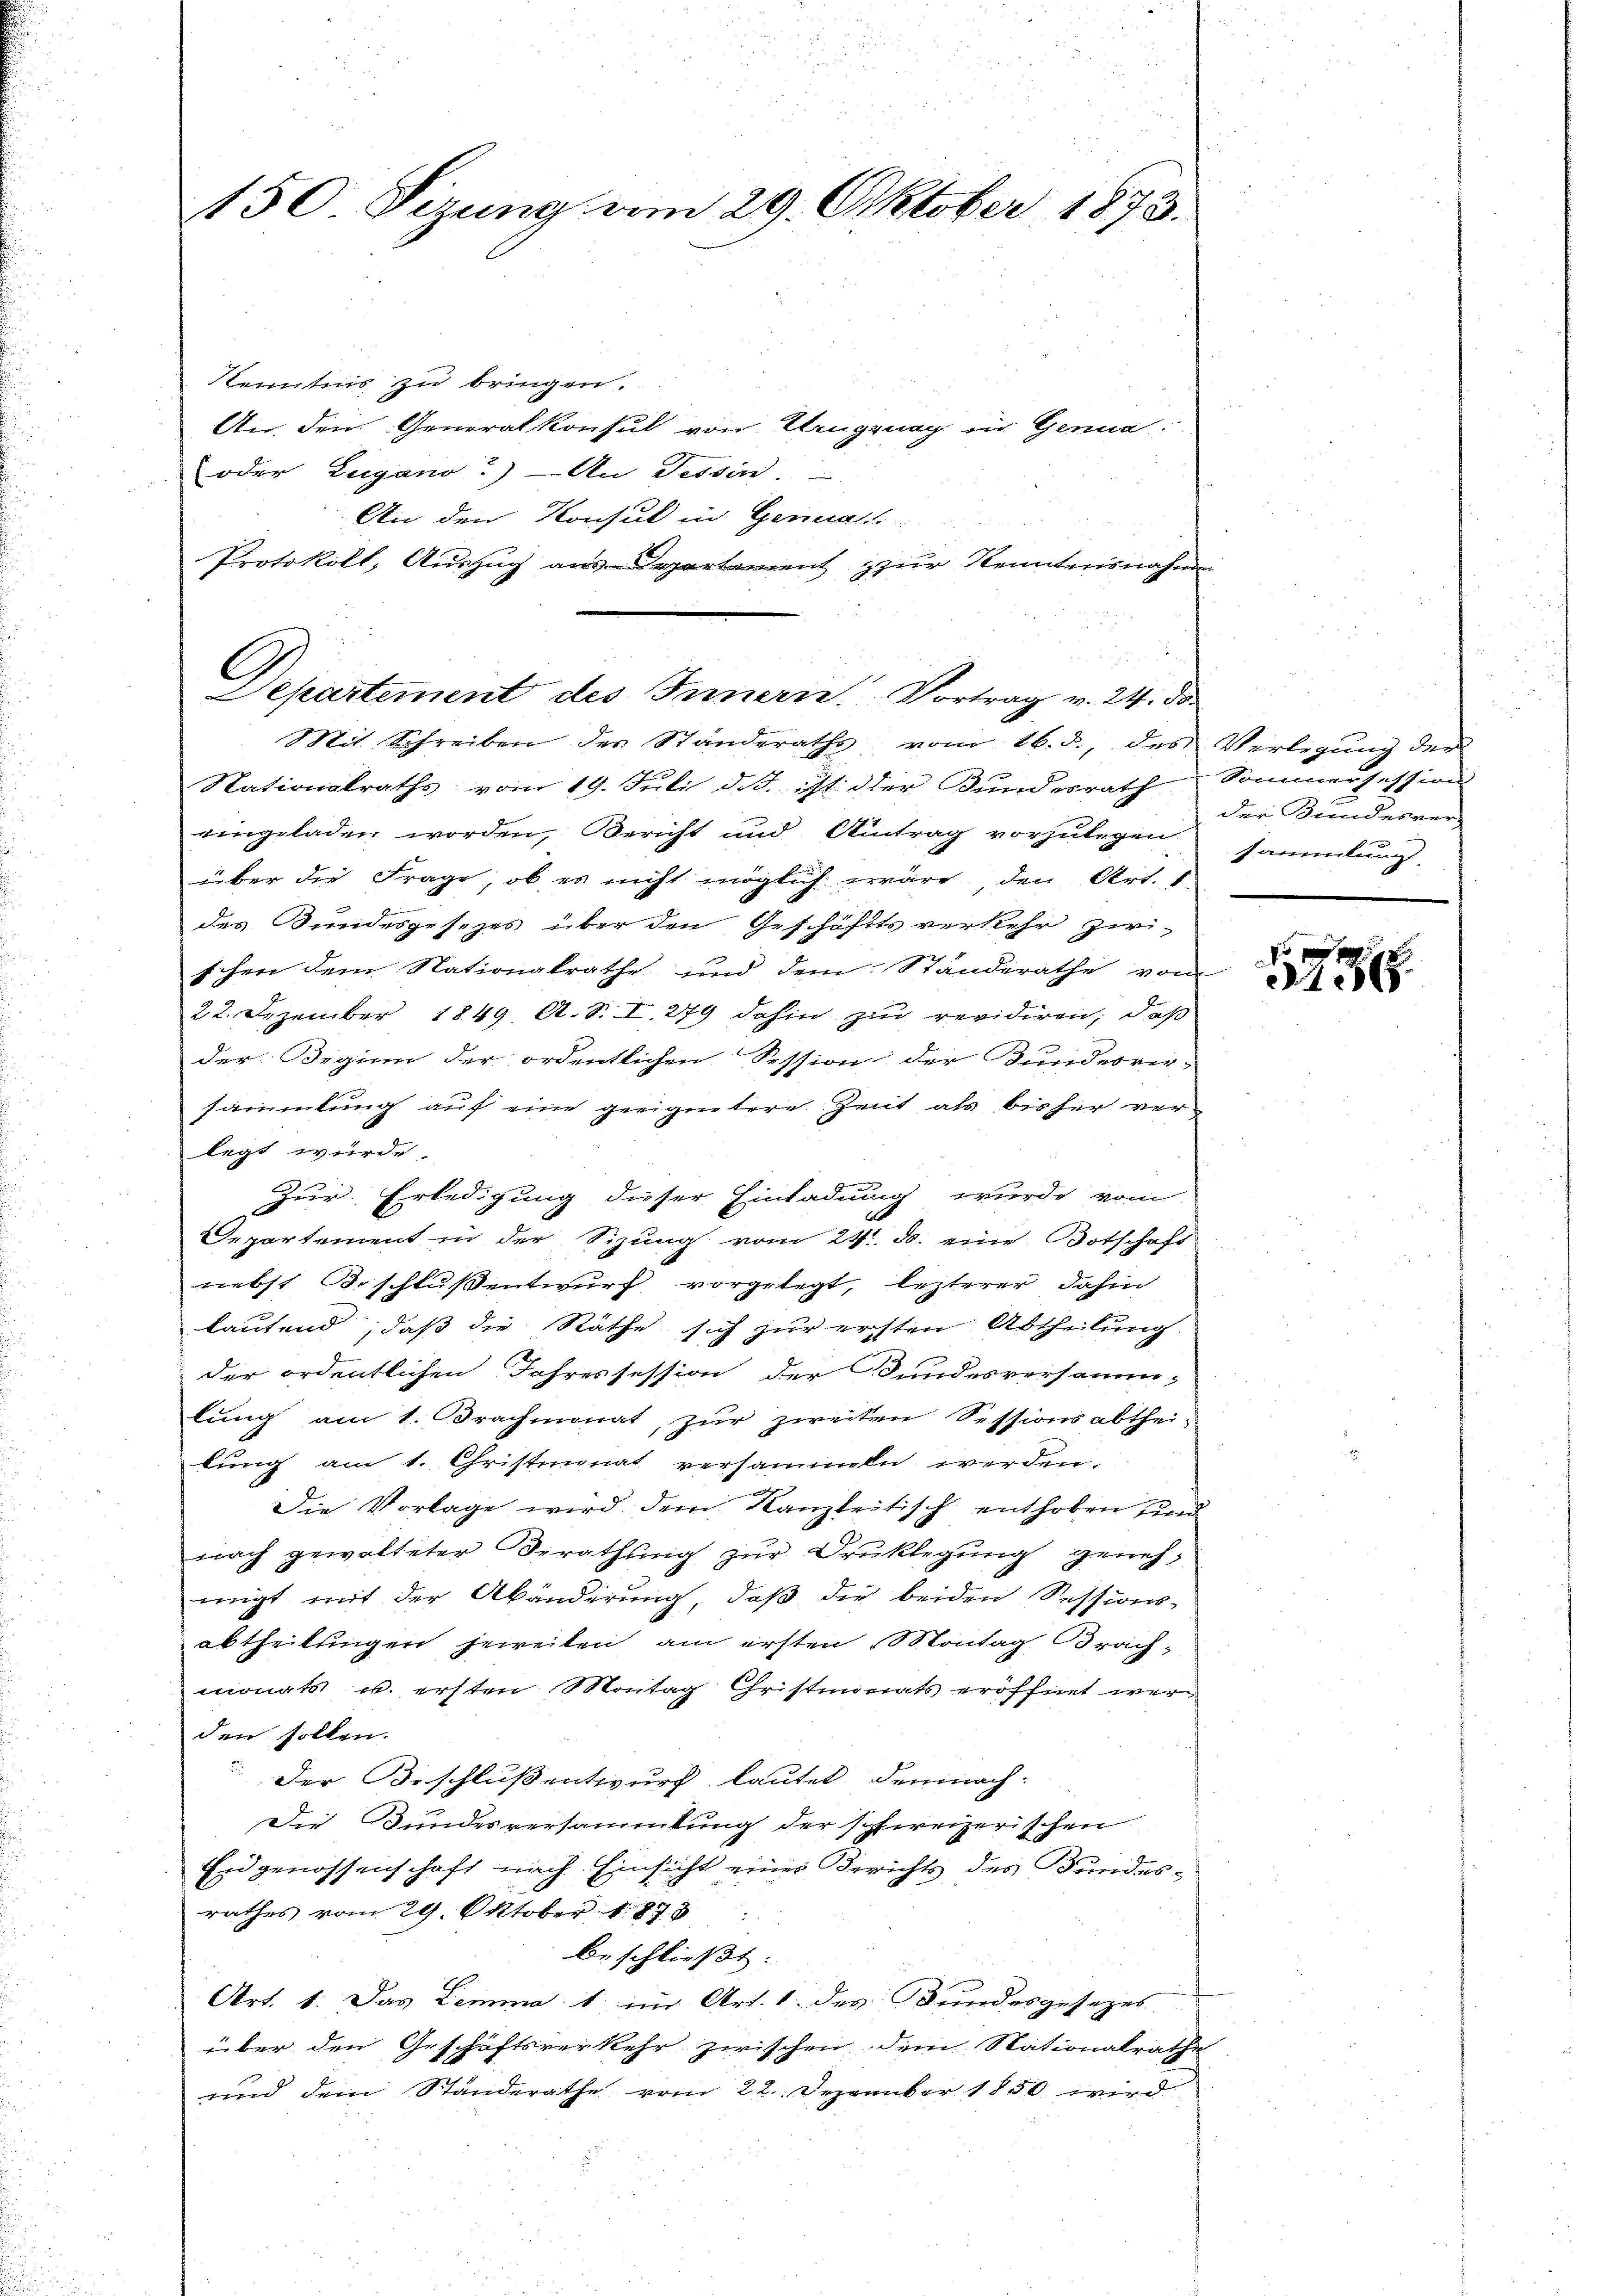
150 Sizung vom 29. Oktober 1873.

Kenntnis zu bringen.
An den Generalkonsul von Urugung in Germa
oder Lugano?) — An Tessin.
An den Konsul in Genua
Protokoll, Auszug aus Departement zur Kenntnisnahmen

Nationalraths vom 19. Juli d. d. ist der Bundesrath Sommersession
eingeladen worden, Bericht und Antrag vorzulegen
über die Frage, ob es nicht möglich wäre den Art. 1
F
des Bundesgesezes über den Geschäftsverkehr zwi-
schen dem Nationalrathe und dem Ständerathe vom
22. Dezember 1849. A. S. I. 279 dahin zur revidiren, daß
der Beginn der ordentlichen Session der Bundesver-
sammlung auf eine geeignetere Zeit als bisher verlegt wurde.
Zur Erledigung dieser Einladung wurde vom
Departement in der Sitzung vom 24. ds. eine Botschaft
nebst Beschlußsentwurf vorgelegt, lezterer dahin
lautend, daß die Räthe sich zur ersten Abtheilung
der ordentlichen Jahressession der Bundesversammlung am 1. Brachmonat, zur zweiten Sessionsabthei-
lung am 1. Christmonat versammeln werden.
Die Vorlage wird dem Kanzleitisch enthoben und
nach gewalteter Berathung zur Druklegung genehmigt mit der Abänderung, daß die beiden Sessions-
abtheilungen jeweiten, am ersten Montag Brach-
monats u. ersten Montag Christmonats eröffnet werden sollen.
Der Beschluß entwurf lautet demnach:
Die Bundesversammlung der schweizerischen
Eidgenossenschaft nach Einsicht eines Berichts des Bundesrathes vom 29. Oktober 1873.
beschließt:
Art. 1. Das Lemma 1. im Art. 1 des Bundesgesezes
über den Geschäftsverkehr zwischen dem Nationalrathe
wird dem Standerathe vom 22. Dezember 1850 wird

Departement des Innern. Vortrag v. 24. ds.
Mit Schreiben der Ständeraths vom 16. d. des Verlegŭng der

der Bundesversammlung

186